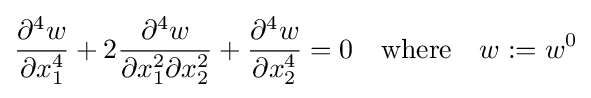
{\frac {\partial ^{4}w}{\partial x_{1}^{4}}}+2{\frac {\partial ^{4}w}{\partial x_{1}^{2}\partial x_{2}^{2}}}+{\frac {\partial ^{4}w}{\partial x_{2}^{4}}}=0\quad {\text{where}}\quad w:=w^{0}